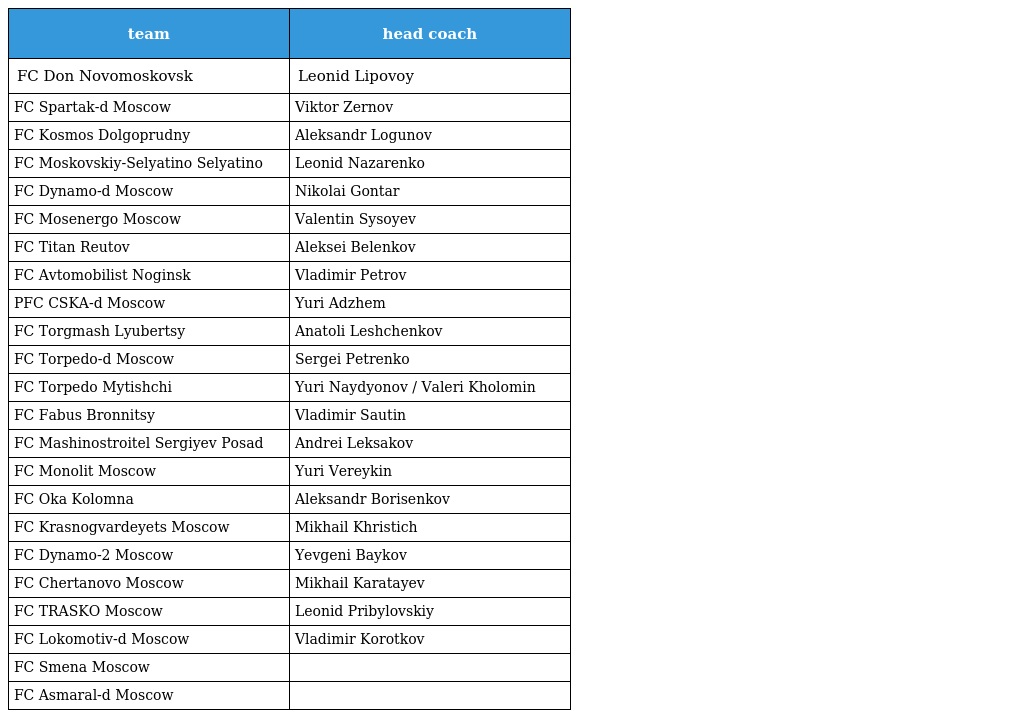
| team | head coach |
 | --- | --- |
 | FC Don Novomoskovsk | Leonid Lipovoy |
 | FC Spartak-d Moscow | Viktor Zernov |
 | FC Kosmos Dolgoprudny | Aleksandr Logunov |
 | FC Moskovskiy-Selyatino Selyatino | Leonid Nazarenko |
 | FC Dynamo-d Moscow | Nikolai Gontar |
 | FC Mosenergo Moscow | Valentin Sysoyev |
 | FC Titan Reutov | Aleksei Belenkov |
 | FC Avtomobilist Noginsk | Vladimir Petrov |
 | PFC CSKA-d Moscow | Yuri Adzhem |
 | FC Torgmash Lyubertsy | Anatoli Leshchenkov |
 | FC Torpedo-d Moscow | Sergei Petrenko |
 | FC Torpedo Mytishchi | Yuri Naydyonov / Valeri Kholomin |
 | FC Fabus Bronnitsy | Vladimir Sautin |
 | FC Mashinostroitel Sergiyev Posad | Andrei Leksakov |
 | FC Monolit Moscow | Yuri Vereykin |
 | FC Oka Kolomna | Aleksandr Borisenkov |
 | FC Krasnogvardeyets Moscow | Mikhail Khristich |
 | FC Dynamo-2 Moscow | Yevgeni Baykov |
 | FC Chertanovo Moscow | Mikhail Karatayev |
 | FC TRASKO Moscow | Leonid Pribylovskiy |
 | FC Lokomotiv-d Moscow | Vladimir Korotkov |
 | FC Smena Moscow |  |
 | FC Asmaral-d Moscow |  |